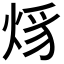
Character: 𤉒